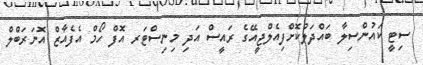
ސިޓީ ކައުންސިލާ ބައްދަލުކޮށްފިއެލްޖީއޭގެ ރައީސް އަދި މިނިސްޓަރ އޮފް ހޯމް އެފެއާޒް އޮނަރަބްލް